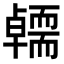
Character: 𭅭